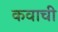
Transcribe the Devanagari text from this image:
कवाची